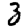
Digit: 3